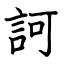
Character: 訶